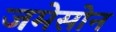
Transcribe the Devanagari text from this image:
जमेसोन